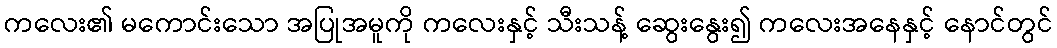
ကလေး၏ မကောင်းသော အပြုအမူကို ကလေးနှင့် သီးသန့် ဆွေးနွေး၍ ကလေးအနေနှင့် နောင်တွင်